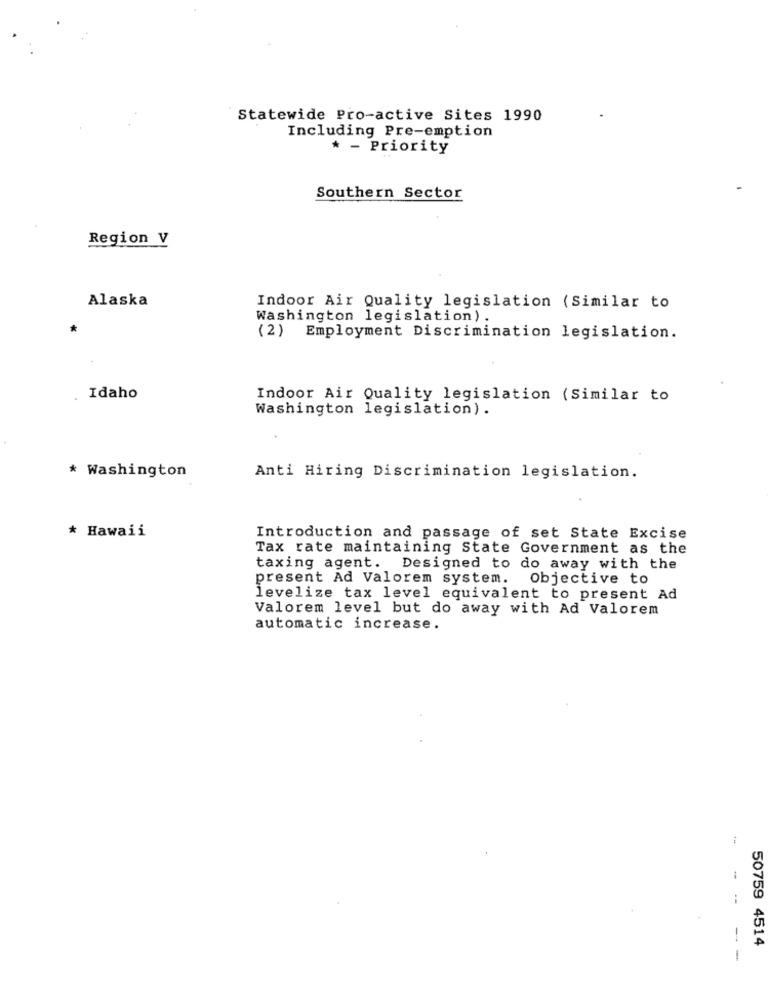
Statewide Pro-active Sites 1990
Including Pre-emption
* - Priority
Southern Sector
Region V
Alaska
Indoor Air Quality legislation (Similar to
Washington legislation) .
*
(2) Employment Discrimination legislation.
. Idaho
Indoor Air Quality legislation (Similar to
Washington legislation).
* Washington
Anti Hiring Discrimination legislation.
* Hawaii
Introduction and passage of set State Excise
Tax rate maintaining State Government as the
taxing agent. Designed to do away with the
present Ad Valorem system. Objective to
levelize tax level equivalent to present Ad
Valorem level but do away with Ad Valorem
automatic increase.
50759 4514
---